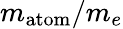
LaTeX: m_{\mathrm{atom}}/m_{e}